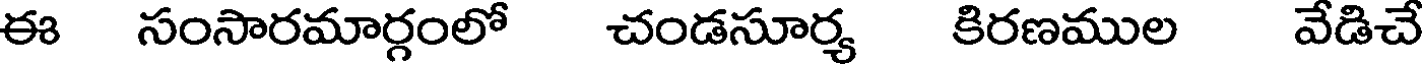
ఈ సంసారమార్గంలో చండసూర్య కిరణముల వేడిచే